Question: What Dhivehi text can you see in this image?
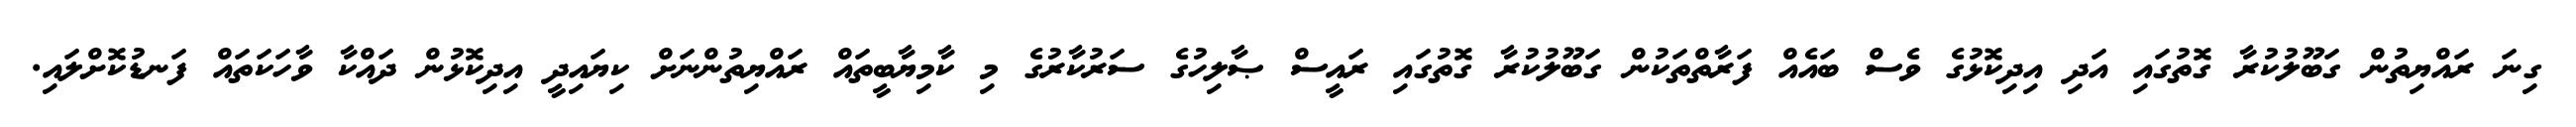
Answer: ގިނަ ރައްޔިތުން ގަބޫލުކުރާ ގޮތުގައި އަދި އިދިކޮޅުގެ ވެސް ބައެއް ފަރާތްތަކުން ގަބޫލުކުރާ ގޮތުގައި ރައީސް ޞާލިހުގެ ސަރުކާރުގެ މި ކާމިޔާބީތައް ރައްޔިތުންނަށް ކިޔައިދީ އިދިކޮޅުން ދައްކާ ވާހަކަތައް ފަނޑުކޮށްލައި.